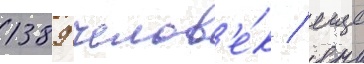
1389 челов'е́к / еще